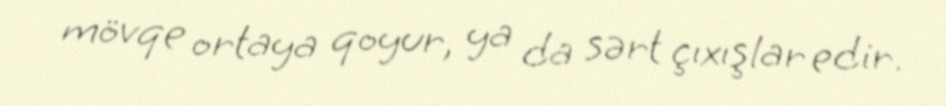
mövqe ortaya qoyur, ya da sərt çıxışlar edir.